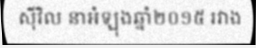
ស៊ីវិល នាអំឡុងឆ្នាំ២០១៥ រវាង